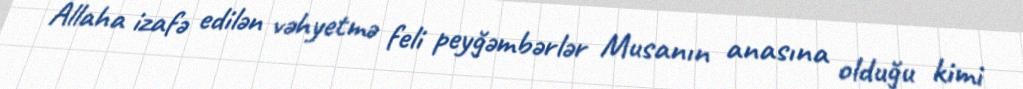
Allaha izafə edilən vəhyetmə feli peyğəmbərlər Musanın anasına olduğu kimi